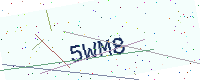
Text: 5WM8